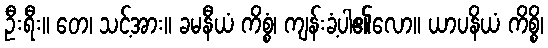
ဦးရီး။ တေ၊ သင့်အား။ ခမနီယံ ကိစ္စံ၊ ကျန်းခံ့ပါ၏လော။ ယာပနိယံ ကိစ္စိ၊